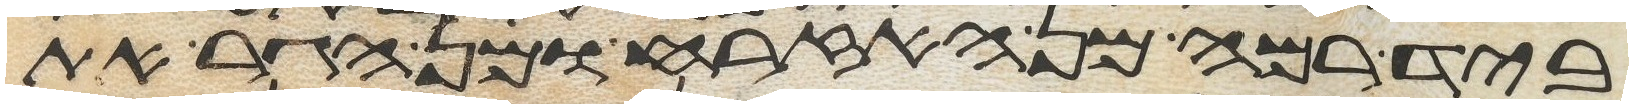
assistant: ביד רמה מן האזרח ומן הגר את